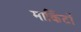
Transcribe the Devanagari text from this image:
मार्किटों